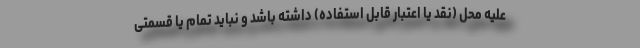
علیه محل (نقد یا اعتبار قابل استفاده) داشته باشد و نباید تمام یا قسمتی